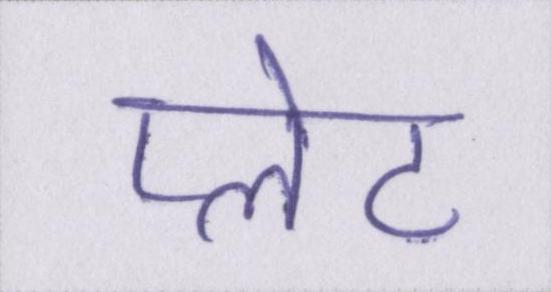
प्लेट